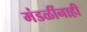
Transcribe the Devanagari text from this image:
मंडळींनाही